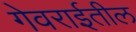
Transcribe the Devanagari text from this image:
गेवराईतील